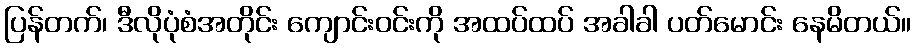
ပြန်တက်၊ ဒီလိုပုံစံအတိုင်း ကျောင်းဝင်းကို အထပ်ထပ် အခါခါ ပတ်မောင်း နေမိတယ်။